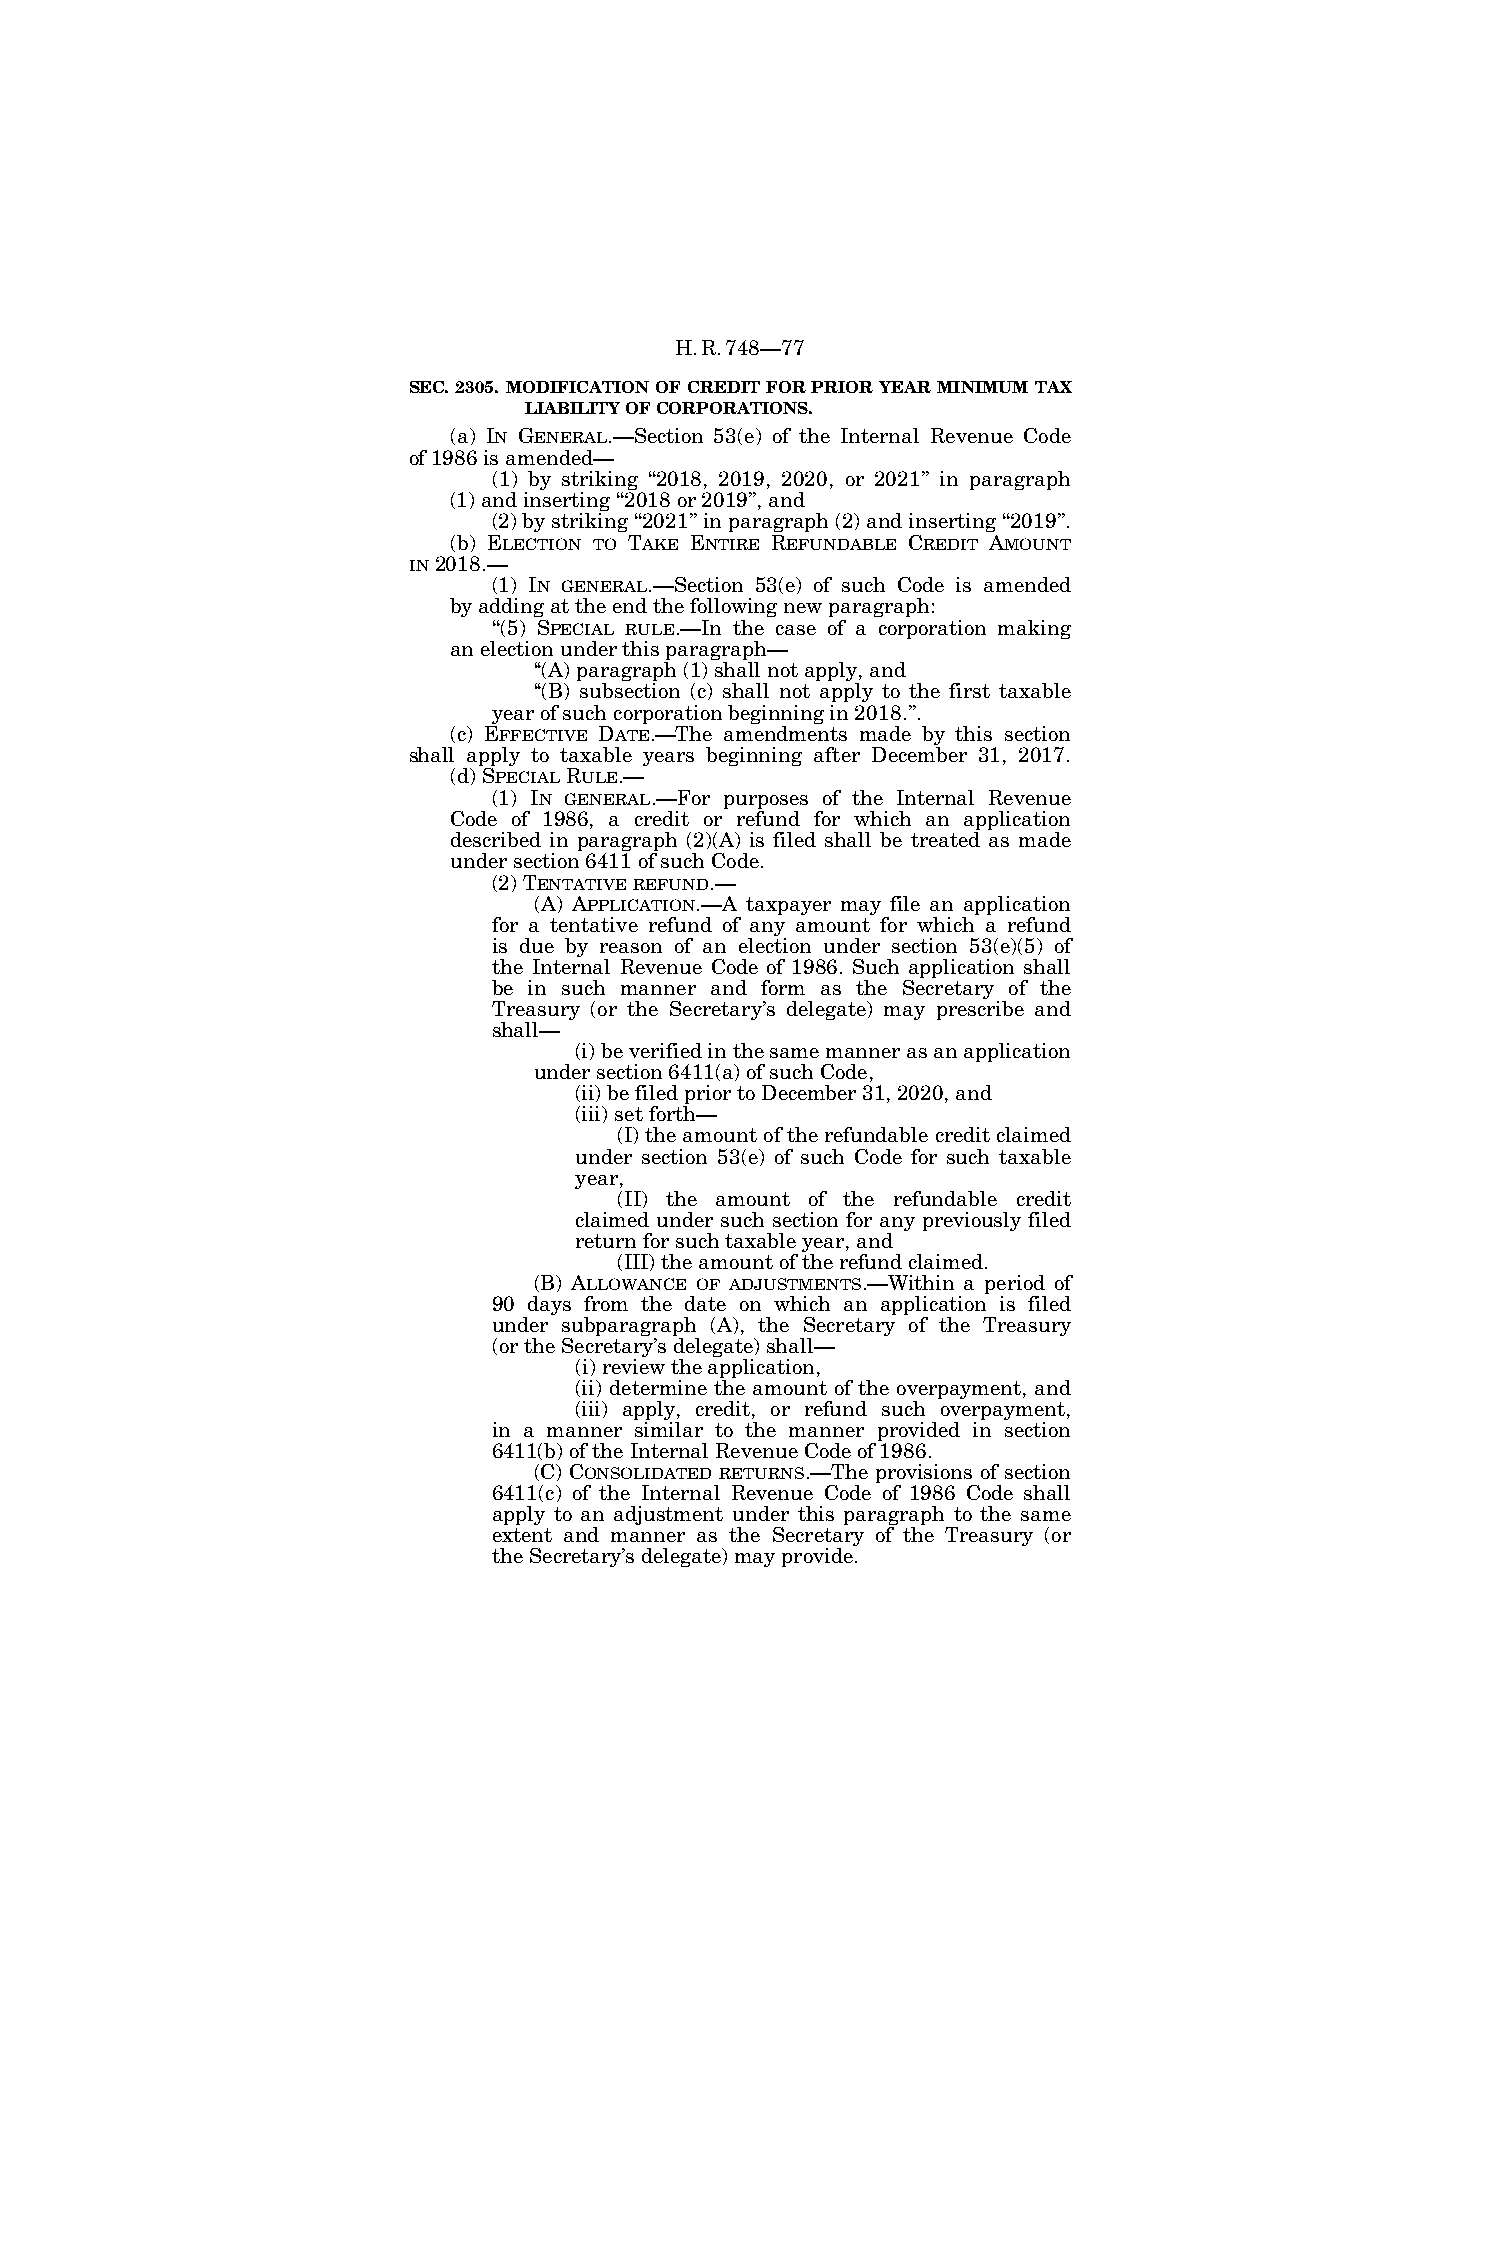
H.R.748—77
 SEC. 2305. MODIFICATION OF CREDIT FOR PRIOR YEAR MINIMUM TAX
 LIABILITY OF CORPORATIONS.
 (a) IN GENERAL.—Section 53(e) of the Internal Revenue Code
 of 1986 is amended—
 (1) by striking ‘‘2018, 2019, 2020, or 2021’’ in paragraph
 (1) and inserting ‘‘2018 or 2019’’, and
 (2) by striking ‘‘2021’’ in paragraph (2) and inserting ‘‘2019’’.
 (b) ELECTION TO TAKE ENTIRE REFUNDABLE CREDIT AMOUNT
 IN2018.—
 (1) IN GENERAL.—Section 53(e) of such Code is amended
 by adding at the end the following new paragraph:
 ‘‘(5) SPECIAL RULE.—In the case of a corporation making
 an election under this paragraph—
 ‘‘(A) paragraph (1) shall not apply, and
 ‘‘(B) subsection (c) shall not apply to the first taxable
 year of such corporation beginning in 2018.’’.
 (c) EFFECTIVE DATE.—The amendments made by this section
 shall apply to taxable years beginning after December 31, 2017.
 (d) SPECIALRULE.—
 (1) IN GENERAL.—For purposes of the Internal Revenue
 Code of 1986, a credit or refund for which an application
 described in paragraph (2)(A) is filed shall be treated as made
 under section 6411 of such Code.
 (2) TENTATIVEREFUND.—
 (A) APPLICATION.—A taxpayer may file an application
 for a tentative refund of any amount for which a refund
 is due by reason of an election under section 53(e)(5) of
 the Internal Revenue Code of 1986. Such application shall
 be in such manner and form as the Secretary of the
 Treasury (or the Secretary’s delegate) may prescribe and
 shall—
 (i) be verified in the same manner as an application
 under section 6411(a) of such Code,
 (ii) be filed prior to December 31, 2020, and
 (iii) set forth—
 (I) the amount of the refundable credit claimed
 under section 53(e) of such Code for such taxable
 year,
 (II) the amount of the refundable credit
 claimed under such section for any previously filed
 return for such taxable year, and
 (III) the amount of the refund claimed.
 (B) ALLOWANCE OF ADJUSTMENTS.—Within a period of
 90 days from the date on which an application is filed
 under subparagraph (A), the Secretary of the Treasury
 (or the Secretary’s delegate) shall—
 (i) review the application,
 (ii) determine the amount of the overpayment, and
 (iii) apply, credit, or refund such overpayment,
 in a manner similar to the manner provided in section
 6411(b) of the Internal Revenue Code of 1986.
 (C) CONSOLIDATED RETURNS.—The provisions of section
 6411(c) of the Internal Revenue Code of 1986 Code shall
 apply to an adjustment under this paragraph to the same
 extent and manner as the Secretary of the Treasury (or
 the Secretary’s delegate) may provide.